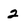
Character: 2